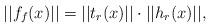
LaTeX: \begin{align*}||f_f(x)||=||t_r(x)||\cdot ||h_r(x)||,\end{align*}